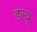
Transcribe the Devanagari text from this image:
डल्यू